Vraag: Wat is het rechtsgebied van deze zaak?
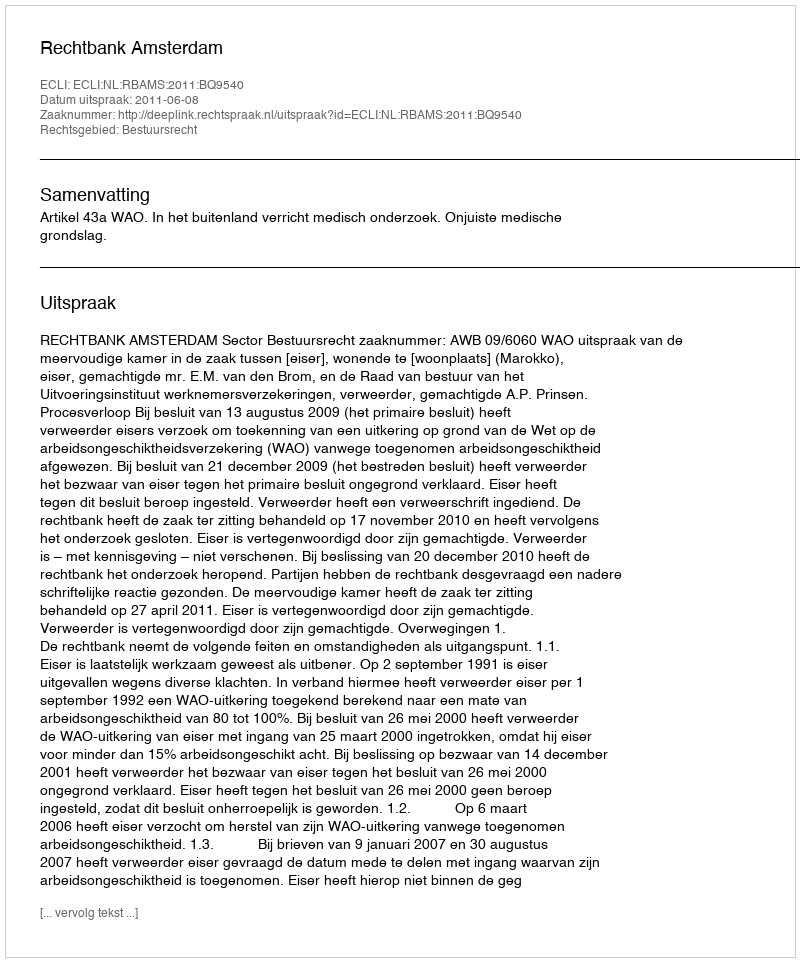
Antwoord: Bestuursrecht